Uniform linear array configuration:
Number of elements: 24
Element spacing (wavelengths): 1
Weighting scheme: hann
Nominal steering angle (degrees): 15
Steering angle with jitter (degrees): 14.277
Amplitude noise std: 0.05
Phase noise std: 0.05

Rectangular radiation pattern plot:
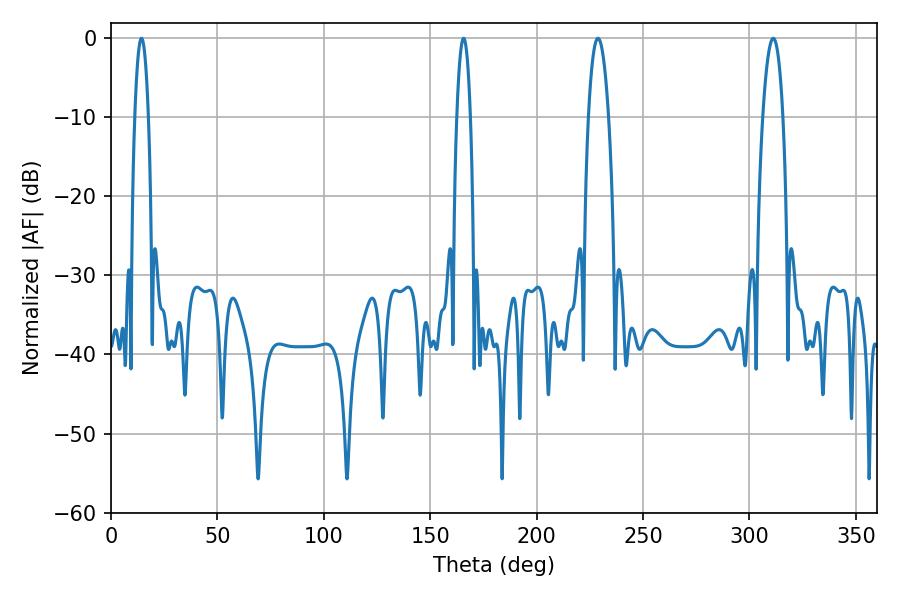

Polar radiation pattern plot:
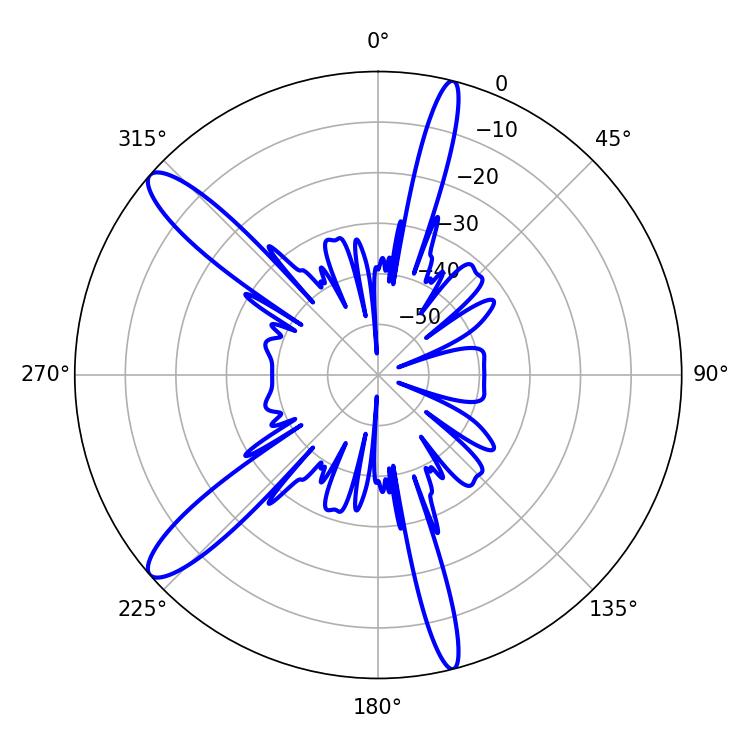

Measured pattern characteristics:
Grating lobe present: TRUE
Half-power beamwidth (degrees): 5.22
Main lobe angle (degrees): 228.78